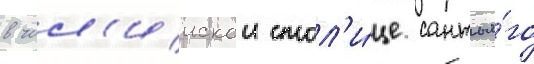
в чил'иискои стол'и́це сантья́го